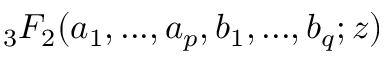
{ } _ { 3 } F _ { 2 } ( { a _ { 1 } , . . . , a _ { p } } , { b _ { 1 } , . . . , b _ { q } } ; z )